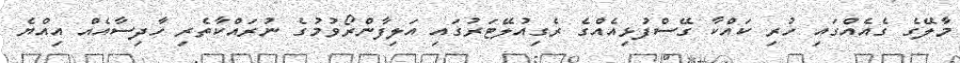
މާލޭގެ ގެއެއްގައި ހުރި ކައްކާ ގޭސްފުޅިއެއްގެ ރެގިއުލޭޓަރުގައި އަލިފާންރޯވުމުގެ ނުރައްކާތެރި ހާދިސާއެއް އިއްޔެ